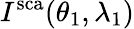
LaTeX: I^{\mathrm{sca}}(\theta_{1},\lambda_{1})